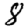
Digit: 8